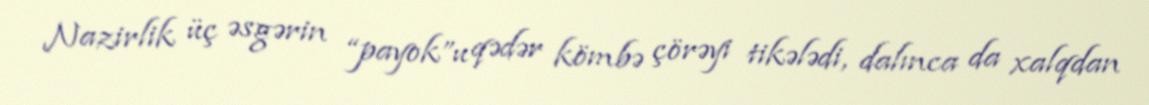
Nazirlik üç əsgərin “payok”u qədər kömbə çörəyi tikələdi, dalınca da xalqdan